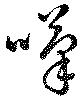
嘆